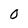
Character: 0